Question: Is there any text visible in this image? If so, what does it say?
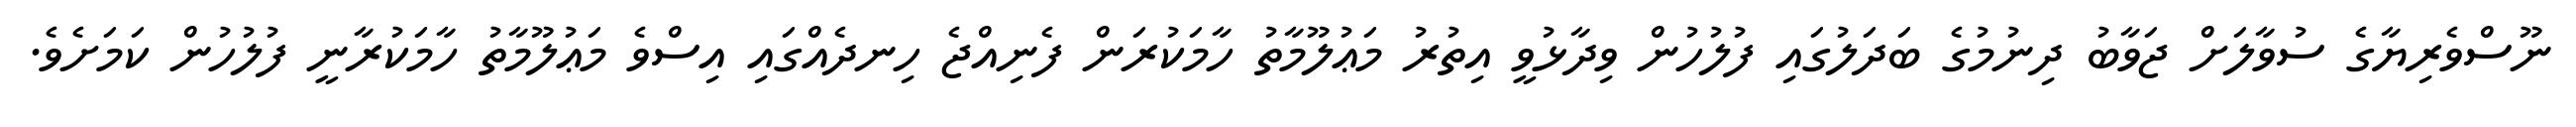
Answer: ނޫސްވެރިޔާގެ ސުވާލަށް ޖަވާބު ދިނުމުގެ ބަދަލުގައި ފުލުހުން ވިދާޅުވީ އިތުރު މަޢުލޫމާތު ހާމަކުރަން ފެނިއްޖެ ހިނދެއްގައި އިސްވެ މަޢުލޫމާތު ހާމަކުރާނީ ފުލުހުން ކަމަށެވެ.